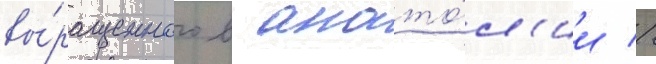
вы́ращенного в анато́л'ии //